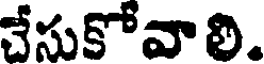
చేసుకోవాలి.